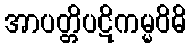
အာပတ္တိပဋိကမ္မဝိဓိ